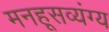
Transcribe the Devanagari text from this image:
मनहूसव्यंग्य